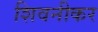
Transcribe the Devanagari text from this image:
शिवनीकर